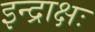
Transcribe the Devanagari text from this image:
इन्द्राक्षः